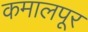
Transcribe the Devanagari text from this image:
कमालपूर